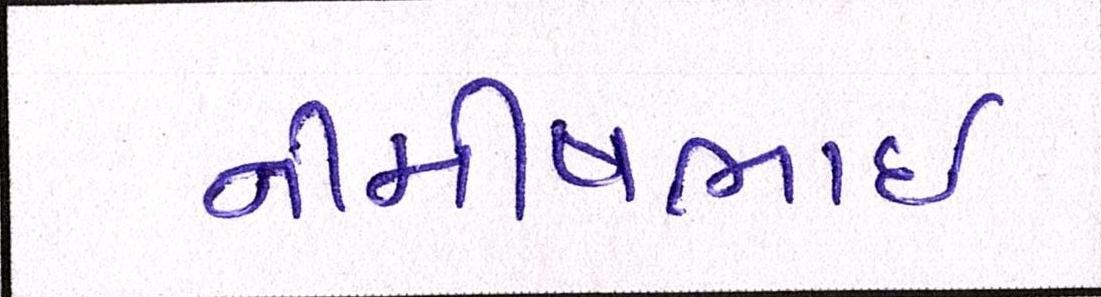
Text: નીમીષભાઈ